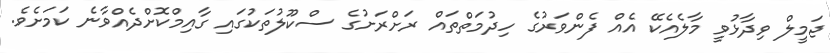
ޖަމީލް ވިދާޅުވީ މާލެއެކޭ އެއް ފެންވަރުގެ ހިދުމަތްތައް ރަށްރަށުގެ ސްކޫލުތަކުގައި ގާއިމްކޮށްދެއްވާނެ ކަމަށެވެ.